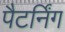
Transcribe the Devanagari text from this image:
पैटर्निंग